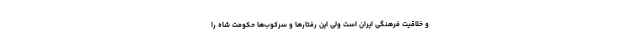
و خلاقیت فرهنگی ایران است ولی این رفتارها و سرکوب‌ها حکومت شاه را